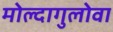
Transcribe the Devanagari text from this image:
मोल्दागुलोवा